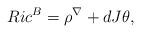
LaTeX: \begin{align*} Ric^B = \rho^\nabla + dJ\theta, \end{align*}